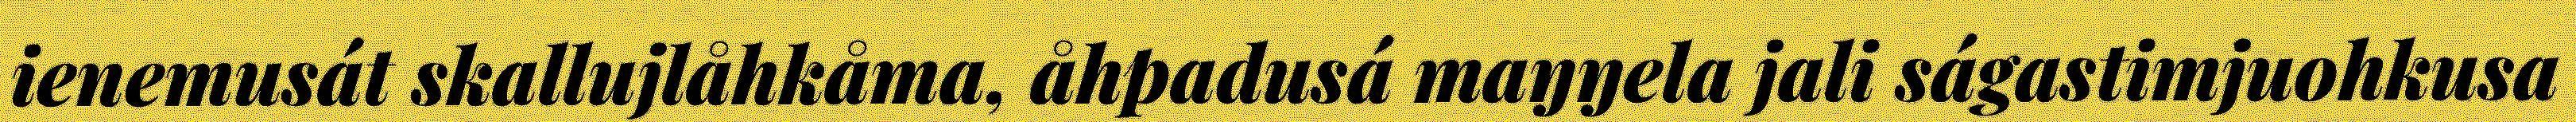
ienemusát skallujlåhkåma, åhpadusá maŋŋela jali ságastimjuohkusa